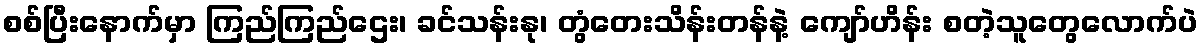
စစ်ပြီးနောက်မှာ ကြည်ကြည်ဌေး၊ ခင်သန်းနု၊ တွံတေးသိန်းတန်နဲ့ ကျော်ဟိန်း စတဲ့သူတွေလောက်ပဲ